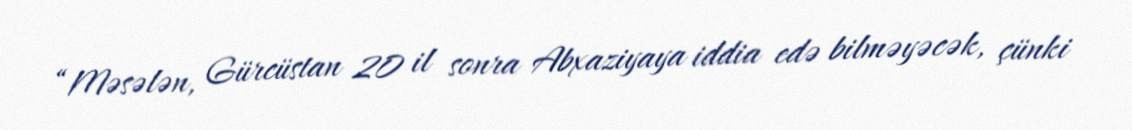
“Məsələn, Gürcüstan 20 il sonra Abxaziyaya iddia edə bilməyəcək, çünki